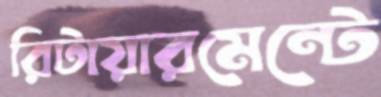
রিটায়ারমেন্টে